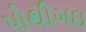
પોથીગઇ